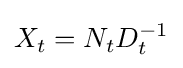
X_{t}=N_{t}D_{t}^{-1}